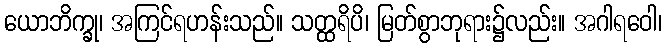
ယောဘိက္ခု၊ အကြင်ရဟန်းသည်။ သတ္ထရိပိ၊ မြတ်စွာဘုရား၌လည်း။ အဂါရဝေါ၊